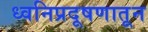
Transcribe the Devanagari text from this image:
ध्वनिप्रदूषणातून